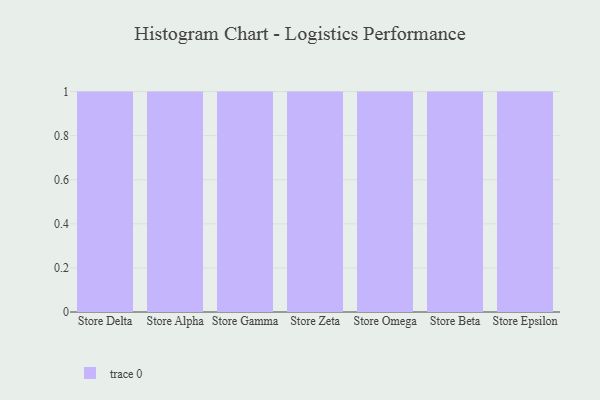
{"axis": {"x": "Store", "y": "Tickets Resolved"}, "legend": [""], "data": [{"x": "Store Delta", "y": 63, "type": ""}, {"x": "Store Alpha", "y": 77, "type": ""}, {"x": "Store Gamma", "y": 41, "type": ""}, {"x": "Store Zeta", "y": 74, "type": ""}, {"x": "Store Omega", "y": 94, "type": ""}, {"x": "Store Beta", "y": 9, "type": ""}, {"x": "Store Epsilon", "y": 74, "type": ""}]}